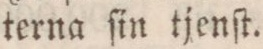
terna ſin tjenſt.